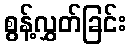
စွန့်လွှတ်ခြင်း